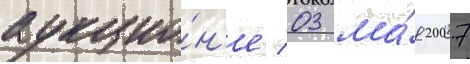
аукцио́н'е 03 ма́я 2007